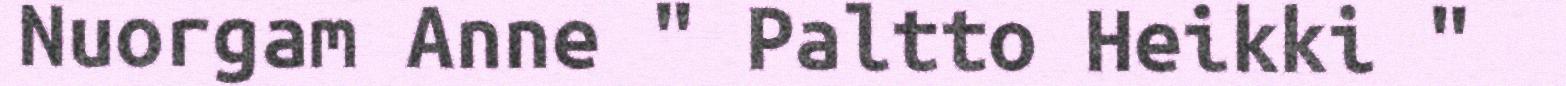
Nuorgam Anne " Paltto Heikki "